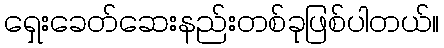
ရှေးခေတ်ဆေးနည်းတစ်ခုဖြစ်ပါတယ်။